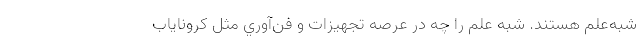
شبه‌علم هستند. شبه علم را چه در عرصه تجهيزات و فن‌آوري مثل كروناياب